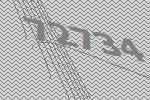
72734